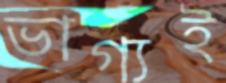
ভাগ্যই